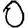
Digit: 0